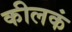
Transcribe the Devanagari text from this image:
कीलकं